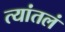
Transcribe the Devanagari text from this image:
त्यांतलं